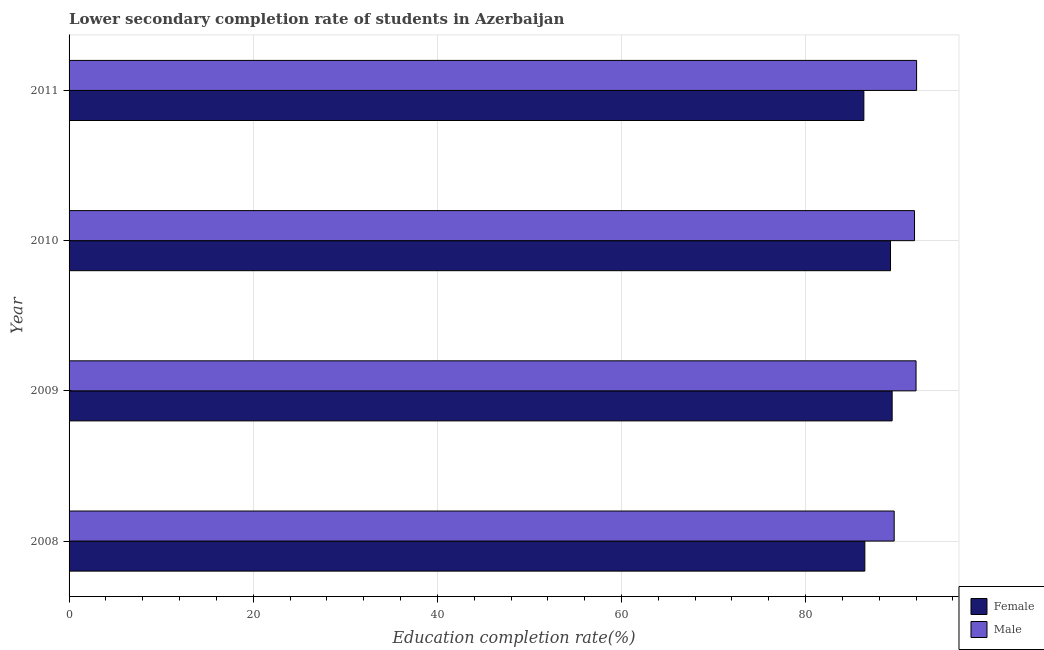
| Year | Female | Male |
 | --- | --- | --- |
 | 2008 | 86.4 | 89.6 |
 | 2009 | 89.4 | 92 |
 | 2010 | 89.2 | 91.8 |
 | 2011 | 86.3 | 92.1 |